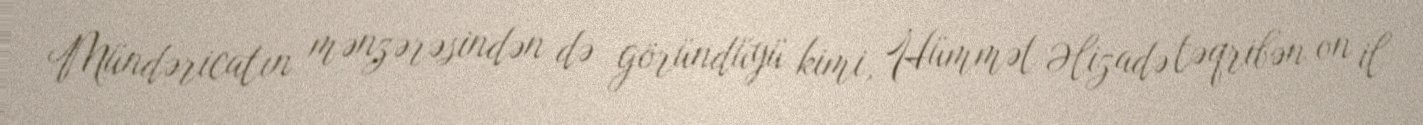
Mündəricatın mənzərəsindən də göründüyü kimi, Hümmət Əlizadə təqribən on il